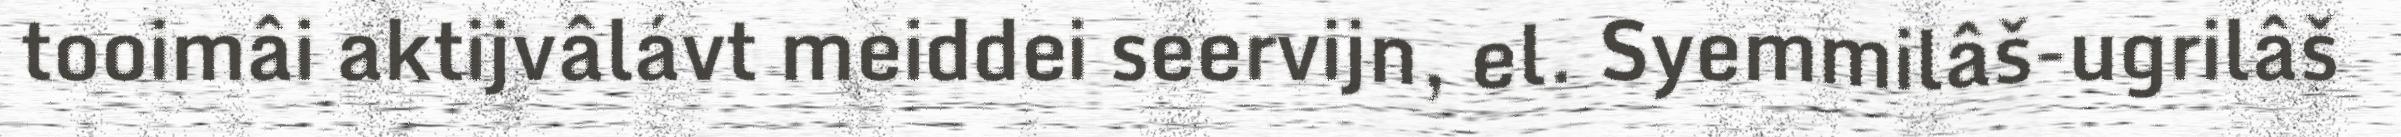
tooimâi aktijvâlávt meiddei seervijn, el. Syemmilâš-ugrilâš